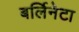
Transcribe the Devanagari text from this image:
बर्लिनेटा